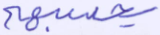
يحسبهم